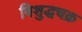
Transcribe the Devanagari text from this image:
विशुद्धचक्र